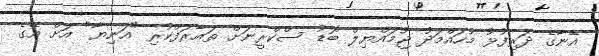
އޭނާގެ ދަރިފުޅު މުހައްމަދު ޖުމައްޔިލް ބޮޑު ސްކްރީނަށް ތައާރަފްކުރި "އަނިޔާ" އަށް އޭގެ